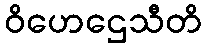
ဝိဟေဌေသီတိ